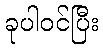
ခုပါဝင်ပြီး